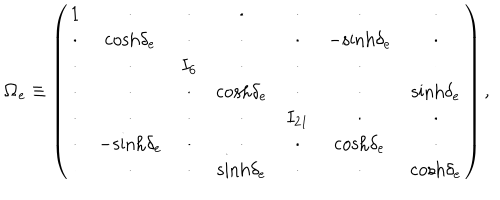
{ \bf \Omega } _ { e } \equiv \left( \begin{matrix} { { 1 } } & { { \cdot } } & { { \cdot } } & { { \cdot } } & { { \cdot } } & { { \cdot } } & { { \cdot } } \\ { { \cdot } } & { { \mathrm { c o s h } \delta _ { e } } } & { { \cdot } } & { { \cdot } } & { { \cdot } } & { { - \mathrm { s i n h } \delta _ { e } } } & { { \cdot } } \\ { { \cdot } } & { { \cdot } } & { { I _ { 6 } } } & { { \cdot } } & { { \cdot } } & { { \cdot } } & { { \cdot } } \\ { { \cdot } } & { { \cdot } } & { { \cdot } } & { { \mathrm { c o s h } \delta _ { e } } } & { { \cdot } } & { { \cdot } } & { { \mathrm { s i n h } \delta _ { e } } } \\ { { \cdot } } & { { \cdot } } & { { \cdot } } & { { \cdot } } & { { I _ { 2 1 } } } & { { \cdot } } & { { \cdot } } \\ { { \cdot } } & { { - \mathrm { s i n h } \delta _ { e } } } & { { \cdot } } & { { \cdot } } & { { \cdot } } & { { \mathrm { c o s h } \delta _ { e } } } & { { \cdot } } \\ { { \cdot } } & { { \cdot } } & { { \cdot } } & { { \mathrm { s i n h } \delta _ { e } } } & { { \cdot } } & { { \cdot } } & { { \mathrm { c o s h } \delta _ { e } } } \\ \end{matrix} \right) ,